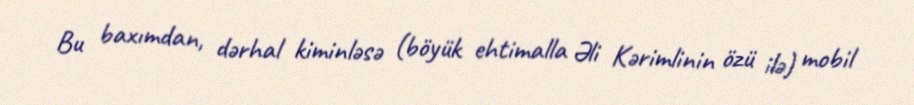
Bu baxımdan, dərhal kiminləsə (böyük ehtimalla Əli Kərimlinin özü ilə) mobil